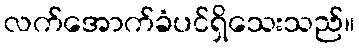
လက်အောက်ခံပင်ရှိသေးသည်။